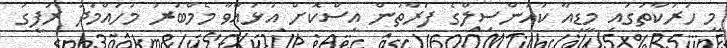
މި ހަރަކާތުގައި މީޑިއާ ކައުންސިލްގެ ފަރާތުން އިސްކޮށް އުޅުއްވާ މެމްބަރު މުހައްމަދު ރަފީގު